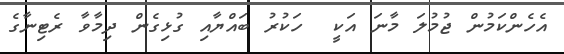
އެހެންކަމުން ޖުމުލަ މާނަ އަކީ  ހަކުރު ބައްޔާއި ގުޅިގެން ދިމާވާ ރެޓިނާގެ